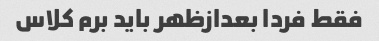
فقط فردا بعدازظهر باید برم کلاس